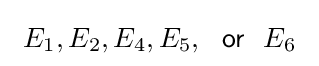
\ E_{1},E_{2},E_{4},E_{5},~~{\mathsf {or}}~~E_{6}\